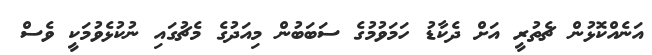
އަނެއްކޮޅުން ޗެތުރީ އަށް ދެކާޑު ހަމަވުމުގެ ސަބަބުން މިއަދުގެ މެޗުގައި ނުކުޅެވުމަކީ ވެސް